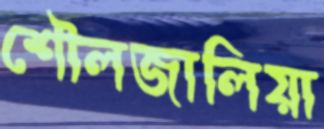
শৌলজালিয়া